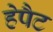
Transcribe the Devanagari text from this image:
हेपैट